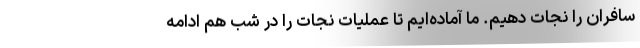
سافران را نجات دهیم. ما آماده‌ایم تا عملیات نجات را در شب هم ادامه